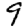
Digit: 9